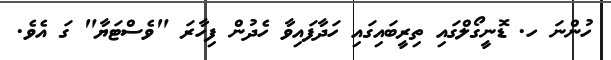
ހުންނަ ހ. ޑޮނީގޯލްގައި ތިރީބައިގައި ހަދާފައިވާ ހެދުން ފިހާރަ "ވެސްޓަޔާ" ގަ އެވެ.